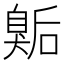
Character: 𭸫